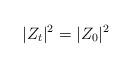
LaTeX: \begin{align*} |Z_t|^2 = |Z_0|^2\end{align*}